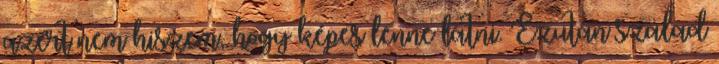
azért nem hiszem, hogy képes lenne látni. Ezután szalad